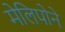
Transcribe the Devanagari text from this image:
मेलिपोने